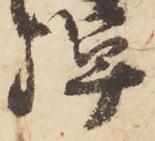
弾